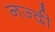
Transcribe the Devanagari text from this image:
नज्दी